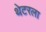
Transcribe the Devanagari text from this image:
थेटरला